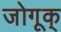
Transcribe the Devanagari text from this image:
जोगूक्